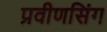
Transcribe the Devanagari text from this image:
प्रवीणसिंग